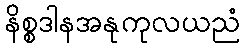
နိစ္စဒါနအနုကုလယညံ